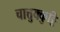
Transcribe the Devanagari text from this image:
चात्तुक्कुट्टि